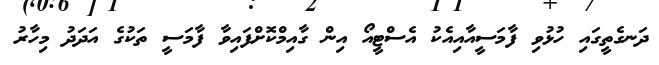
ދަނގެތީގައި ހުޅުވި ފާމަސީއާއިއެކު އެސްޓީއޯ އިން ގާއިމްކޮށްފައިވާ ފާމަސީ ތަކުގެ އަދަދު މިހާރު